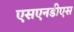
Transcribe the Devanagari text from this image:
एसएनडीएस